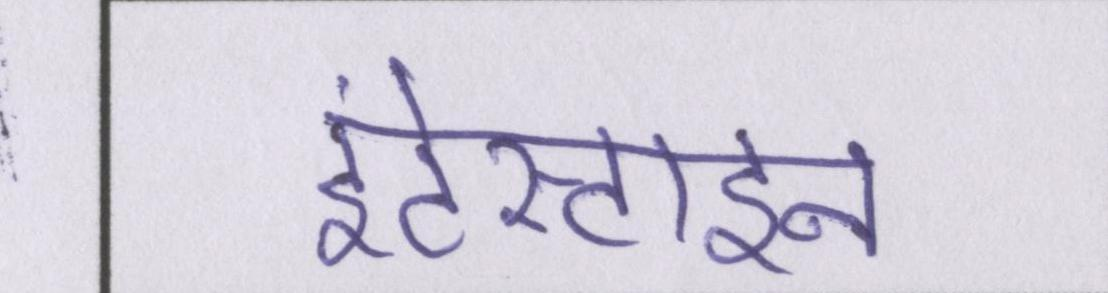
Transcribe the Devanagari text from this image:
इंटेस्टाइन